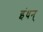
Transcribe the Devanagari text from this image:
इंधन्